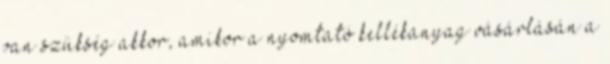
van szükség akkor, amikor a nyomtató kellékanyag vásárlásán a